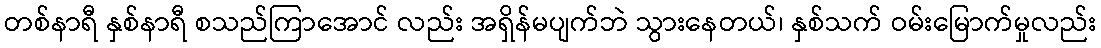
တစ်နာရီ နှစ်နာရီ စသည်ကြာအောင် လည်း အရှိန်မပျက်ဘဲ သွားနေတယ်၊ နှစ်သက် ဝမ်းမြောက်မှုလည်း